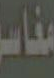
مفاسل